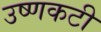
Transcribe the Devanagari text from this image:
उष्णकटी